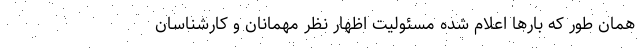
همان طور که بارها اعلام شده مسئولیت اظهار نظر مهمانان و کارشناسان